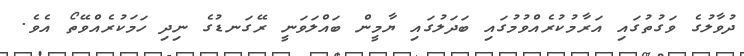
ދުވާލުގެ ވަގުތުގައި އަރާމުކުރެއްވުމުގައި ބަދަލުގައި ޔާމީން ބައްލަވަނީ ރޭގަނޑުގެ ނިދި ހަމަކުރެއްވޭތޯ އެވެ.